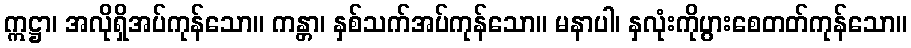
ဣဋ္ဌာ၊ အလိုရှိအပ်ကုန်သော။ ကန္တာ၊ နှစ်သက်အပ်ကုန်သော။ မနာပါ၊ နှလုံးကိုပွားစေတတ်ကုန်သော။